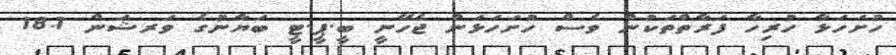
ހުށަހަޅާ ހުރިހާ ފަރާތްތަކުން ވެސް ހުށަހަޅަން ޖެހޭނީ ބީ.ޕީ.ޓީ ބަޔާނުގެ ވަރޝަން 18.1